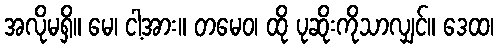
အလိုမရှိ။ မေ၊ ငါ့အား။ တမေဝ၊ ထို ပုဆိုးကိုသာလျှင်။ ဒေထ၊